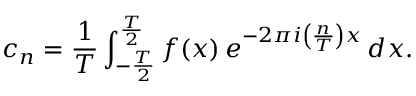
c _ { n } = { \frac { 1 } { T } } \int _ { - { \frac { T } { 2 } } } ^ { \frac { T } { 2 } } f ( x ) \, e ^ { - 2 \pi i \left( { \frac { n } { T } } \right) x } \, d x .